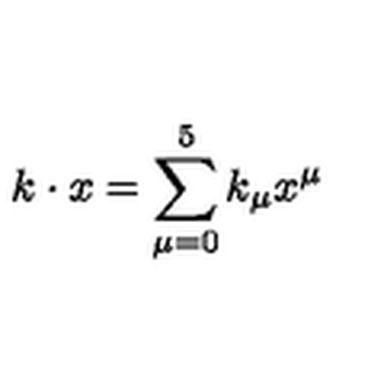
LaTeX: k \cdot x = \sum _ { \mu = 0 } ^ { 5 } k _ { \mu } x ^ { \mu }